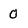
Character: O